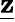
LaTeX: \underline{{\mathbf{z}}}